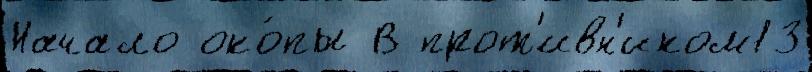
Начало око́пы В прот'ивн'иком13